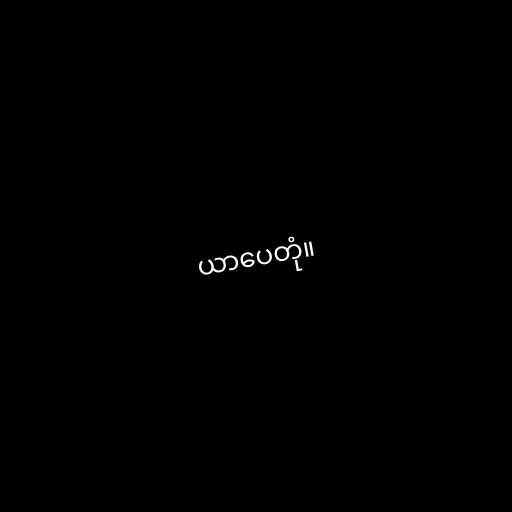
ယာပေတုံ။